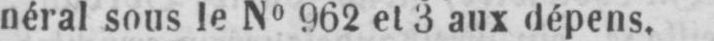
néral sous le No 962 et 3 aux dépens.